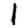
Digit: 1